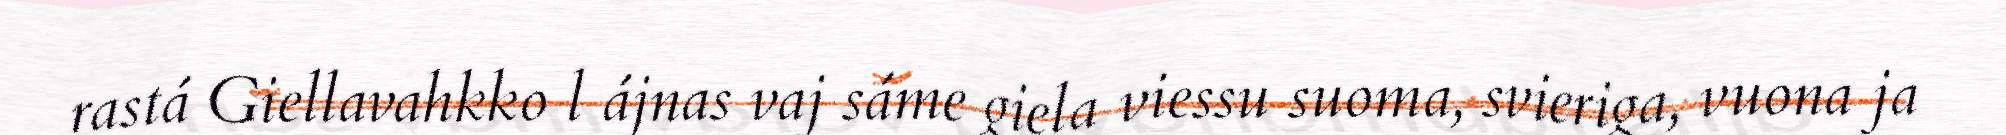
rastá Giellavahkko l ájnas vaj sáme giela viessu suoma, svieriga, vuona ja